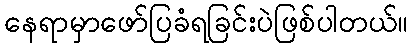
နေရာမှာဖော်ပြခံရခြင်းပဲဖြစ်ပါတယ်။